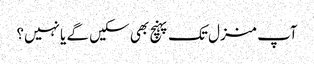
آپ منزل تک پہنچ بھی سکیں گے یا نہیں؟